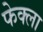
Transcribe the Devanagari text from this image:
फेक्ला